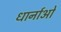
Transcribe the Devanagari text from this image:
धार्नाओ